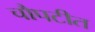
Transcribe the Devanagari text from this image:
चौपटीत